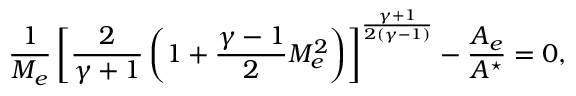
\frac { 1 } { M _ { e } } \left[ \frac { 2 } { \gamma + 1 } \left( 1 + \frac { \gamma - 1 } { 2 } M _ { e } ^ { 2 } \right) \right] ^ { \frac { \gamma + 1 } { 2 ( \gamma - 1 ) } } - \frac { A _ { e } } { A ^ { \star } } = 0 ,